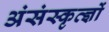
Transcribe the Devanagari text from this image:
अंसंस्कृत्ज्ञों